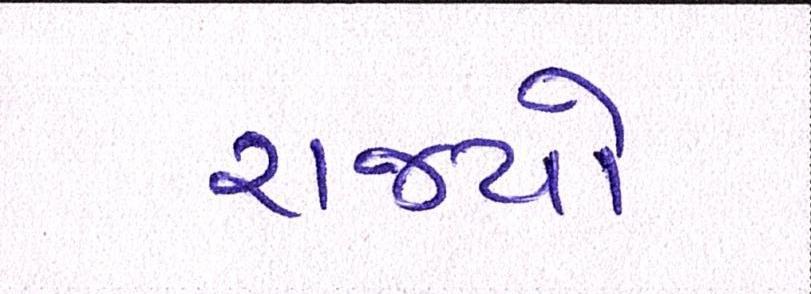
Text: રાજ્યો